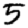
Digit: 5